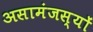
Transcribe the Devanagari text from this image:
असामंजस्यों